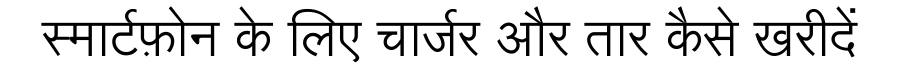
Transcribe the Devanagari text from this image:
स्मार्टफ़ोन के लिए चार्जर और तार कैसे खरीदें